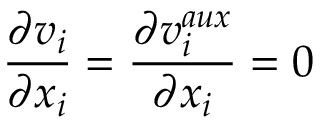
\frac { \partial v _ { i } } { \partial x _ { i } } = \frac { \partial v _ { i } ^ { a u x } } { \partial x _ { i } } = 0